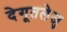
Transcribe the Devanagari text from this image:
देगूतलेजु